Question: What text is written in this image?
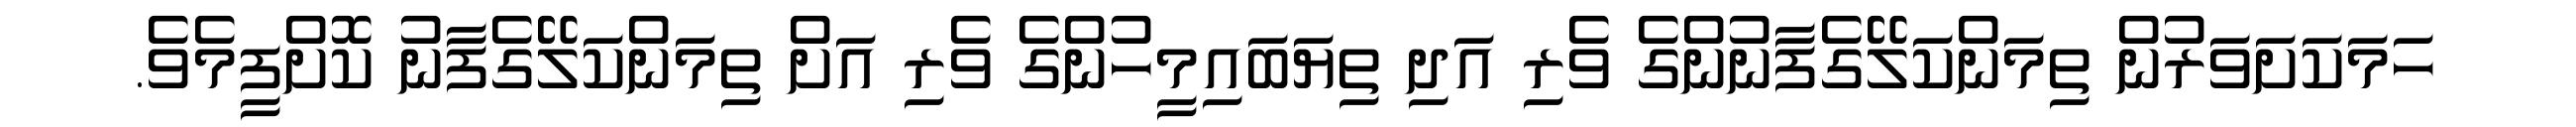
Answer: ހަމަކަށަވަރުން ތިމަންކަލޭގެފާނުންގެ ވެރި އަދި ތިޔަބައިމީހުންގެ ވެރި އަށް ތިމަންކަލޭގެފާނު ކޮށްފީމެވެ.